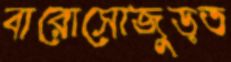
বারোসোজুড়ত